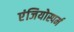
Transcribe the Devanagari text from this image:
एंजियोस्पर्म